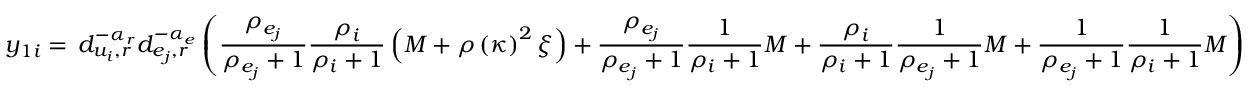
y _ { 1 i } = \, d _ { u _ { i } , r } ^ { - \alpha _ { r } } d _ { e _ { j } , r } ^ { - \alpha _ { e } } \left( \frac { \rho _ { e _ { j } } } { \rho _ { e _ { j } } + 1 } \frac { \rho _ { i } } { \rho _ { i } + 1 } \left( M + \rho \left( \kappa \right) ^ { 2 } \xi \right) + \frac { \rho _ { e _ { j } } } { \rho _ { e _ { j } } + 1 } \frac { 1 } { \rho _ { i } + 1 } M + \frac { \rho _ { i } } { \rho _ { i } + 1 } \frac { 1 } { \rho _ { e _ { j } } + 1 } M + \frac { 1 } { \rho _ { e _ { j } } + 1 } \frac { 1 } { \rho _ { i } + 1 } M \right)